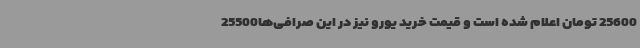
25600 تومان اعلام شده است و قیمت خرید یورو نیز در این صرافی‌ها25500